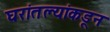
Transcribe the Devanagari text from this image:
घरांतल्यांकडून